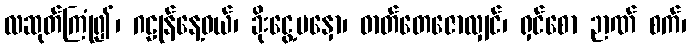
လဆုတ်ကြုံ၍၊ ဂဠုန်နေ့ဝယ်၊ ခိုးငွေ့မနှော၊ ဓာတ်တေဇောလျှင်၊ ရှင်စော ဉာဏ် စက်၊